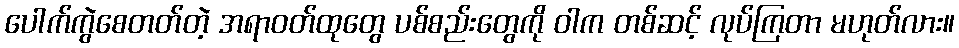
ပေါက်ကွဲစေတတ်တဲ့ အရာဝတ်ထုတွေ ပစ်စည်းတွေကို ဝါက တစ်ဆင့် လုပ်ကြတာ မဟုတ်လား။